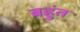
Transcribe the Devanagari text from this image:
बहुंत